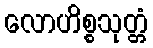
လောဟိစ္စသုတ္တံ